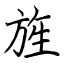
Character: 旌